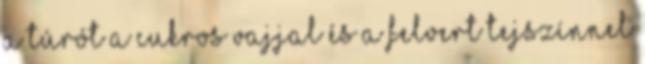
a túrót a cukros vajjal és a felvert tejszínnel